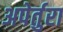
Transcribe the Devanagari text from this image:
अपेर्तुरा